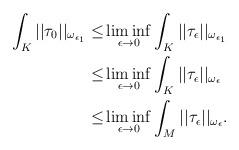
LaTeX: \begin{align*} \int_K ||\tau_0||_{\omega_{\epsilon_1}} \le&\liminf_{\epsilon\to 0} \int_K ||\tau_{\epsilon}||_{\omega_{\epsilon_1}}\\ \le & \liminf_{\epsilon\to 0} \int_K ||\tau_{\epsilon}||_{\omega_{\epsilon}}\\ \le &\liminf_{\epsilon\to 0} \int_M ||\tau_{\epsilon}||_{\omega_{\epsilon}}. \end{align*}